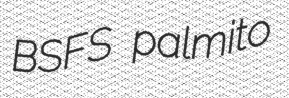
BSFS palmito